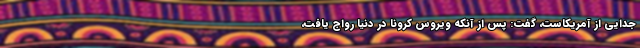
جدایی از آمریکاست، گفت: پس از آنکه ویروس کرونا در دنیا رواج یافت،